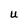
Character: U